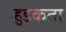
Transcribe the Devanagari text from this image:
हुडकता